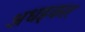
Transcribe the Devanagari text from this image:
अधइकार